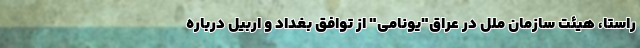
راستا، هیئت سازمان ملل در عراق"یونامی" از توافق بغداد و اربیل درباره